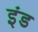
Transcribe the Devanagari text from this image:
इंड